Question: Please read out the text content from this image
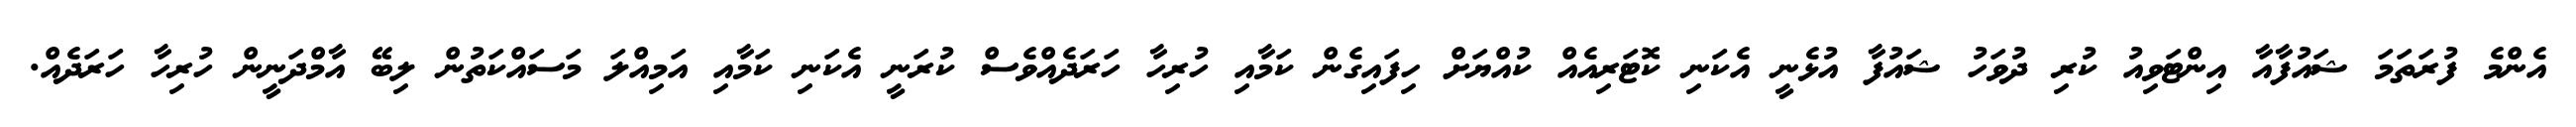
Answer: އެންމެ ފުރަތަމަ ޝައުފާއާ އިންޓަވިއު ކުރި ދުވަހު ޝައުފާ އުޅެނީ އެކަނި ކޮޓަރިއެއް ކުއްޔަށް ހިފައިގެން ކަމާއި ހުރިހާ ހަރަދެއްވެސް ކުރަނީ އެކަނި ކަމާއި އަމިއްލަ މަސައްކަތުން ލިބޭ އާމްދަނީން ހުރިހާ ހަރަދެއް.